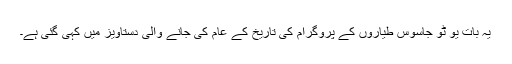
یہ بات یو ٹو جاسوس طیاروں کے پروگرام کی تاریخ کے عام کی جانے والی دستاویز میں کہی گئی ہے۔